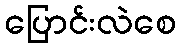
ပြောင်းလဲစေ